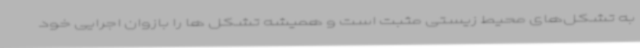
به تشکل‌های محیط زیستی مثبت است و همیشه تشکل ها را بازوان اجرایی خود